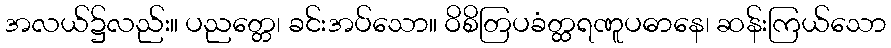
အလယ်၌လည်း။ ပညတ္တေ၊ ခင်းအပ်သော။ ဝိစိတြပခံတ္ထရဏူပဓာနေ၊ ဆန်းကြယ်သော